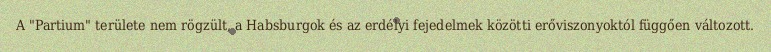
A "Partium" területe nem rögzült, a Habsburgok és az erdélyi fejedelmek közötti erőviszonyoktól függően változott.